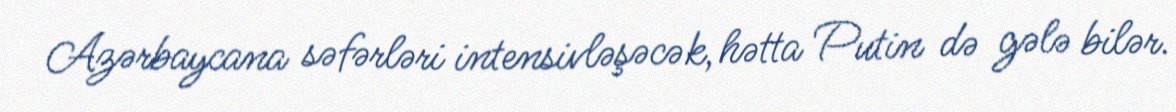
Azərbaycana səfərləri intensivləşəcək, hətta Putin də gələ bilər.